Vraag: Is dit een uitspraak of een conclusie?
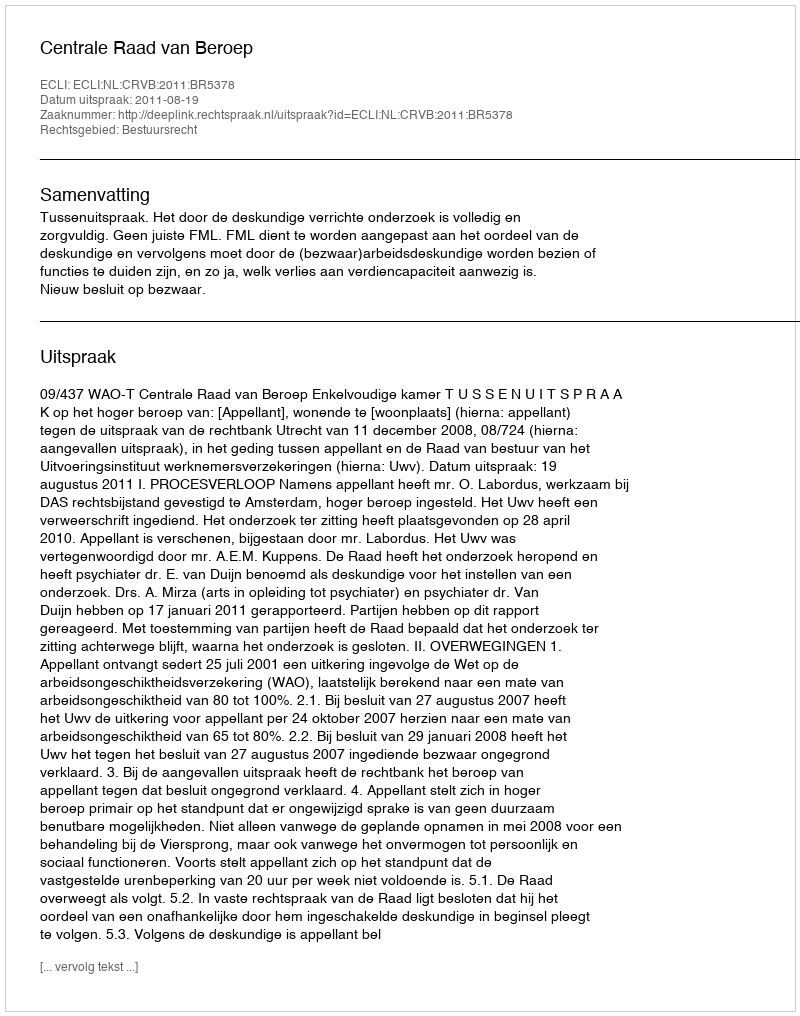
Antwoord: Uitspraak